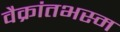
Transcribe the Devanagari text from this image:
वैक्रांतभस्म